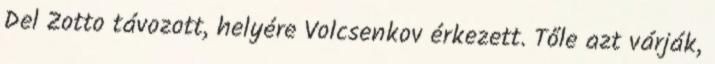
Del Zotto távozott, helyére Volcsenkov érkezett. Tőle azt várják,